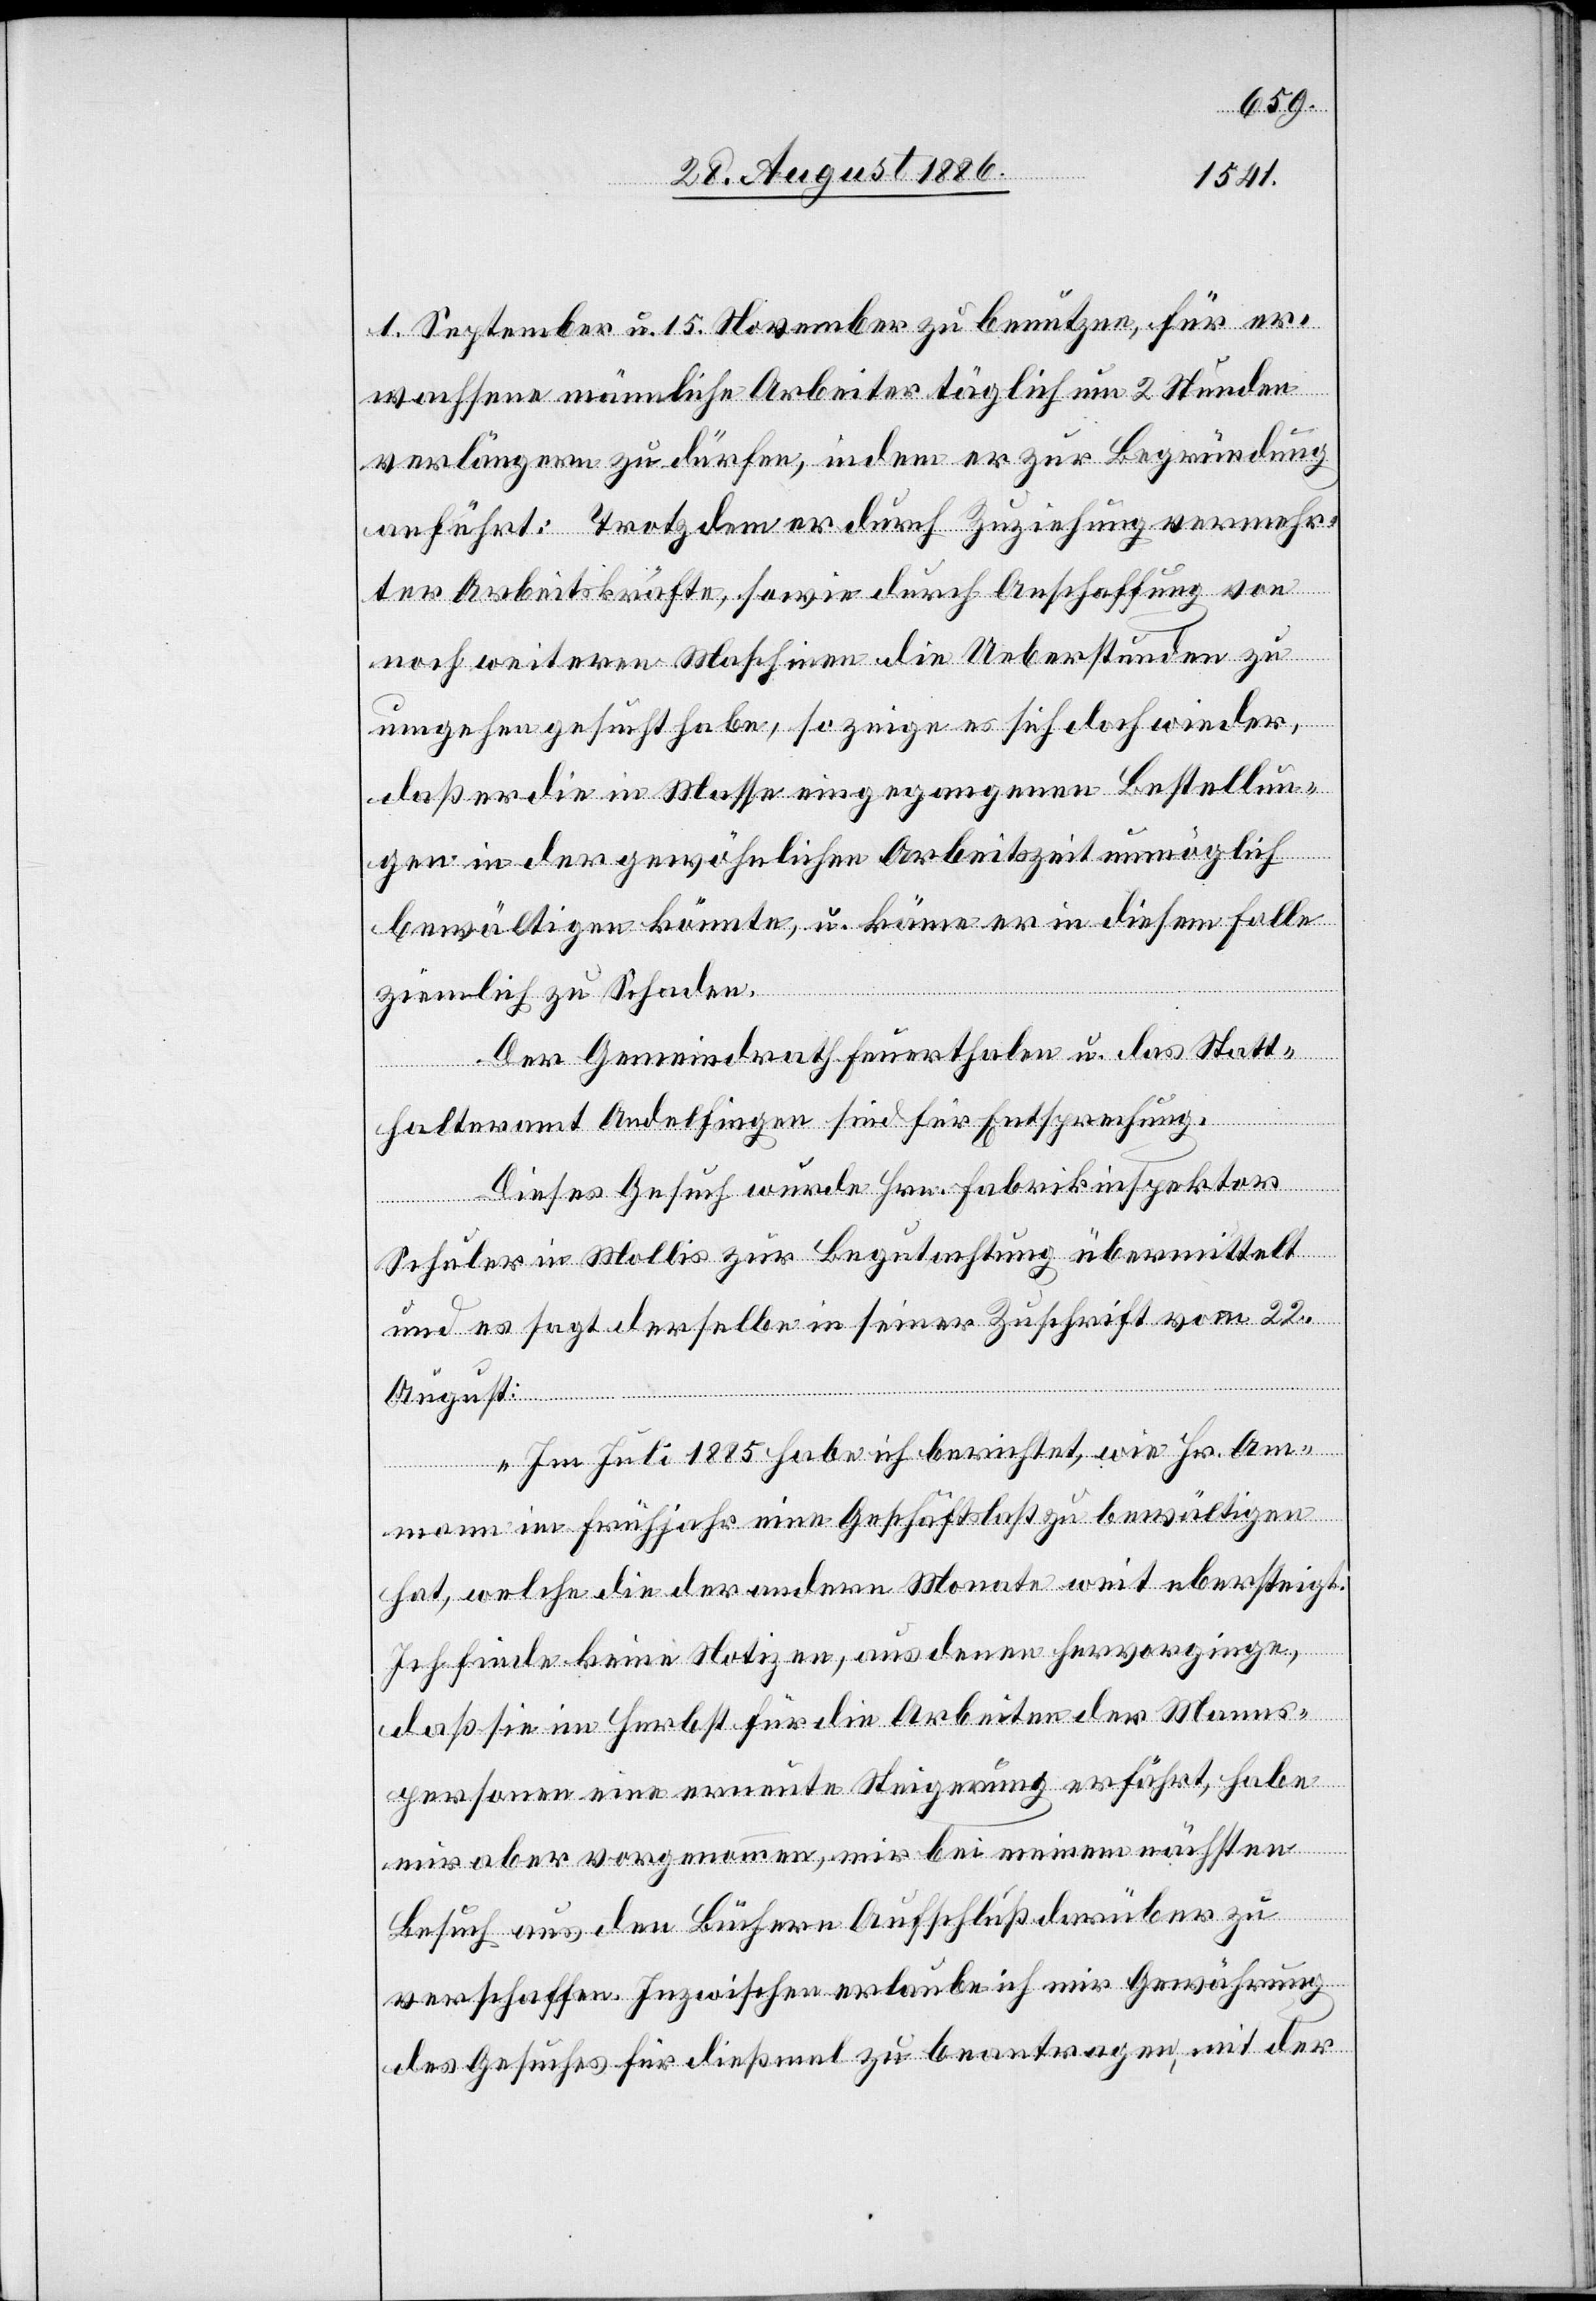
1. September u. 15. November zu benutzen [sic!], für er¬
wachsene männliche Arbeiter täglich um 2 Stunden
verlängern zu dürfen, indem er zur Begründung
anführt: Trotzdem er durch Zuziehung vermehr¬
ter Arbeitskräfte, sowie durch Anschaffung von
noch weiteren Maschinen die Ueberstunden zu
umgehen gesucht habe, so zeige es sich doch wieder,
daß er die in Masse eingegangenen Bestellun¬
gen in der gewöhnlichen Arbeitszeit unmöglich
bewältigen könnte, u. käme er in diesem Falle
ziemlich zu Schaden.
Der Gemeindrath Feuerthalen u. das Statt¬
halteramt Andelfingen sind für Entsprechung.
Dieses Gesuch wurde Hrn. Fabrikinspektor
Schuler in Mollis zur Begutachtung übermittelt
und es sagt derselbe in seiner Zuschrift vom 22.
August:
„Im Juli 1885 habe ich berichtet, wie Hr. Am¬
mann im Frühjahr eine Geschäftsbelastung zu bewältigen
hat, welche die der andern Monate weit übersteigt.
Ich finde keine Notizen, aus denen hervorginge,
daß sie im Herbst für die Arbeiten der Manns¬
personen eine erneute Steigerung erfährt, habe
mir aber vorgenommen, mir bei meinem nächsten
Besuch aus den Büchern Aufschluß darüber zu
verschaffen. Inzwischen erlaube ich mir Gewährung
des Gesuches für dießmal zu beantragen, mit der